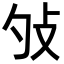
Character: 𢻭